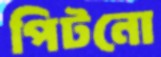
পিটনো